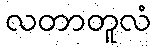
လတာတူလံ